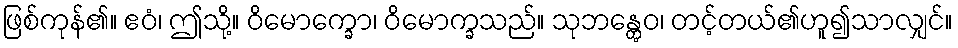
ဖြစ်ကုန်၏။ ဧဝံ၊ ဤသို့။ ဝိမောက္ခော၊ ဝိမောက္ခသည်။ သုဘန္တွေဝ၊ တင့်တယ်၏ဟူ၍သာလျှင်။